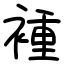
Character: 褈